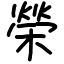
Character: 榮